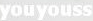
youyouss